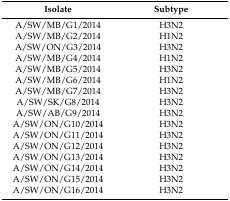
| Isolate | Subtype |
 | --- | --- |
 | A/SW/MB/G1/2014 | H3N2 |
 | A/SW/MB/G2/2014 | H1N2 |
 | A/SW/ON/G3/2014 | H3N2 |
 | A/SW/MB/G4/2014 | H1N2 |
 | A/SW/MB/G5/2014 | H3N2 |
 | A/SW/MB/G6/2014 | H1N2 |
 | A/SW/MB/G7/2014 | H3N2 |
 | A/SW/SK/G8/2014 | H3N2 |
 | A/SW/AB/G9/2014 | H3N2 |
 | A/SW/ON/G10/2014 | H3N2 |
 | A/SW/ON/G11/2014 | H3N2 |
 | A/SW/ON/G12/2014 | H3N2 |
 | A/SW/ON/G13/2014 | H3N2 |
 | A/SW/ON/G14/2014 | H3N2 |
 | A/SW/ON/G15/2014 | H3N2 |
 | A/SW/ON/G16/2014 | H3N2 |